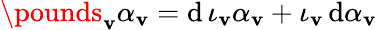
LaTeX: \pounds_{\mathbf{v}}\alpha_{\mathbf{v}}=\mathrm{{d}}\, \iota_{\mathbf{v}}\alpha_{\mathbf{v}}+\iota_{\mathbf{v}}\, \mathrm{{d}}\alpha_{\mathbf{v}}